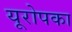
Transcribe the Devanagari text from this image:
यूरोपका